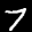
Digit: 7